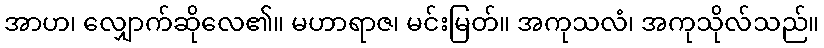
အာဟ၊ လျှောက်ဆိုလေ၏။ မဟာရာဇ၊ မင်းမြတ်။ အကုသလံ၊ အကုသိုလ်သည်။